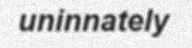
uninnately